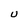
Character: U